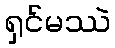
ရှင်မဿဲ